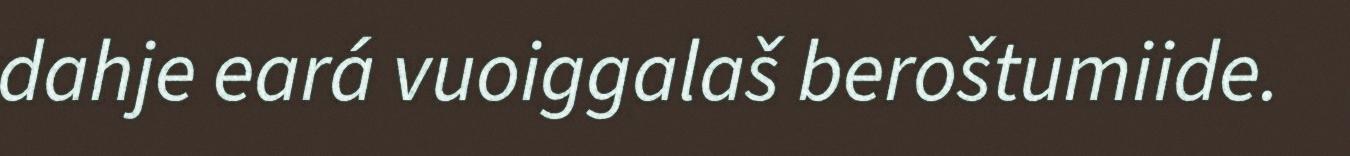
dahje eará vuoiggalaš beroštumiide.